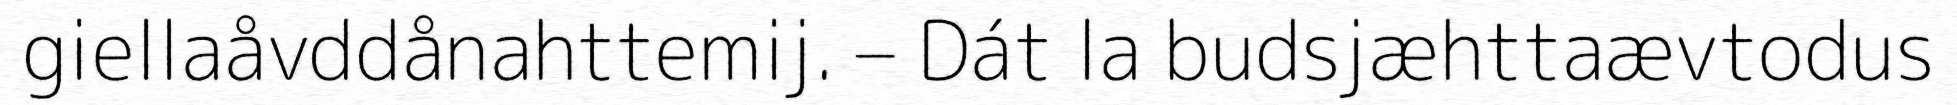
giellaåvddånahttemij. – Dát la budsjæhttaævtodus